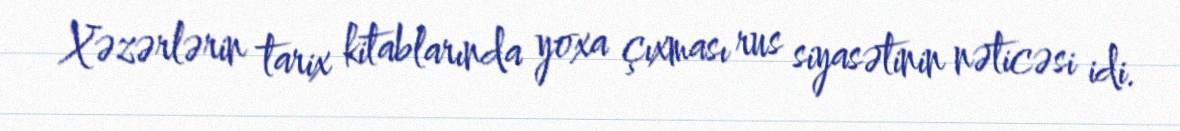
Xəzərlərin tarix kitablarında yoxa çıxması rus siyasətinin nəticəsi idi.